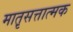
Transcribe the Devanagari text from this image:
मात़ृसत्तात्मक